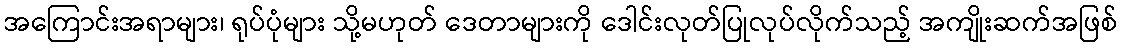
အကြောင်းအရာများ၊ ရုပ်ပုံများ သို့မဟုတ် ဒေတာများကို ဒေါင်းလုတ်ပြုလုပ်လိုက်သည့် အကျိုးဆက်အဖြစ်